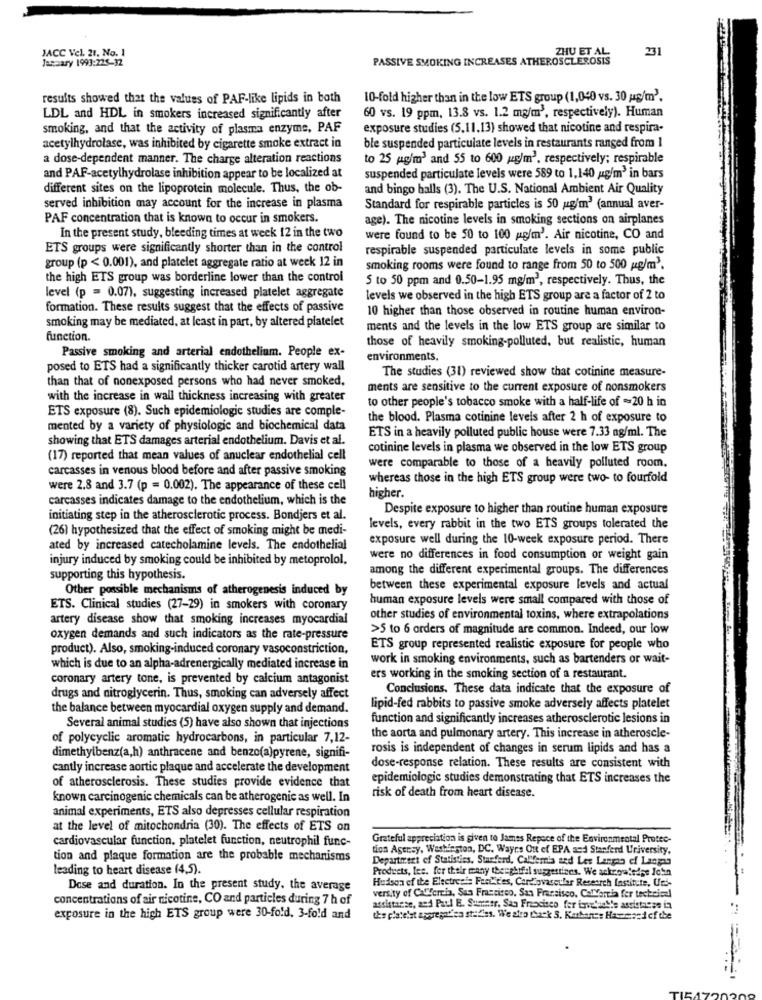
JACC Vel. 21, No. 1
ZHU ET AL
231
January 1993:225-32
PASSIVE SMOKING INCREASES ATHEROSCLEROSIS
results showed that the values of PAF-like lipids in both
10-fold higher than in the low ETS group (1,040 vs. 30 us/m3.
LDL and HDL in smokers increased significantly after
60 vs. 19 ppm, 13.8 vs. 1.2 mg/m3, respectively). Human
smoking, and that the activity of plasma enzyme, PAF
exposure studies (5.11,13) showed that nicotine and respira-
acetylhydrolase, was inhibited by cigarette smoke extract in
ble suspended particulate levels in restaurants ranged from 1
a dose-dependent manner. The charge alteration reactions
to 25 g/m3 and 55 to 600 g4g/m3, respectively; respirable
and PAR-acetylhydrolase inhibition appear to be localized at
suspended particulate levels were 589 to 1,140 ug/m3 in bars
different sites on the lipoprotein molecule. Thus, the ob-
and bingo balls (3). The U.S. National Ambient Air Quality
served inhibition may account for the increase in plasma
Standard for respirable particles is 50 ug'm' (annual aver-
PAF concentration that is known to occur in smokers.
age). The nicotine levels in smoking sections on airplanes
In the present study, bleeding times at week 12 in the two
were found to be 50 to 100 g/m'. Air nicotine, CO and
ETS groups were significantly shorter than in the control
respirable suspended particulate levels in some public
group (p < 0.001), and platelet aggregate ratio at week 12 in
smoking rooms were found to range from 50 to 500 g/m2.
the high ETS group was borderline lower than the control
S to 50 ppm and 0.50-1.95 mg/m3, respectively. Thus, the
level (p = 0.07), suggesting increased platelet aggregate
levels we observed in the high ETS group are a factor of 2 to
formation. These results suggest that the effects of passive
10 higher than those observed in routine human environ-
smoking may be mediated, at least in part, by altered platelet
ments and the levels in the low ETS group are similar to
function.
those of heavily smoking-polluted, but realistic, human
Passive smoking and arterial endothelium. People ex-
environments.
posed to ETS had a significantly thicker carotid artery wall
The studies (31) reviewed show that cotinine measure-
than that of nonexposed persons who had never smoked,
ments are sensitive to the current exposure of nonsmokers
with the increase in wall thickness increasing with greater
ETS exposure (8). Such epidemiologic studies are comple-
to other people's tobacco smoke with a half-life of -20 h in
the blood. Plasma cotinine levels after 2 h of exposure to
mented by a variety of physiologic and biochemical data
ETS in a heavily polluted public house were 7.33 ng/ml. The
showing that ETS damages arterial endothelium. Davis et al.
cotinine levels in plasma we observed in the low ETS group
(17) reported that mean values of anuclear endothelial cell
carcasses in venous blood before and after passive smoking
were comparable to those of a heavily polluted room.
whereas those in the high ETS group were two- to fourfold
were 2.8 and 3.7 (p = 0.002). The appearance of these cell
carcasses indicates damage to the endothelium, which is the
higher.
Despite exposure to higher than routine human exposure
initiating step in the atherosclerotic process. Bondjers et al.
(26) hypothesized that the effect of smoking might be medi-
levels, every rabbit in the two ETS groups tolerated the
exposure well during the 10-week exposure period. There
ated by increased catecholamine levels. The endothelial
injury induced by smoking could be inhibited by metoprolol.
were no differences in food consumption or weight gain
among the different experimental groups. The differences
supporting this hypothesis.
Other possible mechanisms of atherogenesis induced by
between these experimental exposure levels and actual
human exposure levels were small compared with those of
ETS. Clinical studies (27-29) in smokers with coronary
artery disease show that smoking increases myocardial
other studies of environmental toxins, where extrapolations
>5 to 6 orders of magnitude are common. Indeed, our low
oxygen demands and such indicators as the rate-pressure
product). Also, smoking-induced coronary vasoconstriction,
ETS group represented realistic exposure for people who
work in smoking environments, such as bartenders or wait-
which is due to an alpha-adrenergically mediated increase in
coronary artery tone, is prevented by calcium antagonist
ers working in the smoking section of a restaurant.
Conclusions. These data indicate that the exposure of
drugs and nitroglycerin. Thus, smoking can adversely affect
the balance between myocardial oxygen supply and demand.
lipid-fed rabbits to passive smoke adversely affects platelet
function and significantly increases atherosclerotic lesions in
Several animal studies (5) have also shown that injections
of polycyclic aromatic hydrocarbons, in particular 7,12-
the aorta and pulmonary artery. This increase in atheroscle-
dimethylbenz(a,h) anthracene and benzo(a)pyrene, signifi-
rosis is independent of changes in serum lipids and has a
cantly increase aortic plaque and accelerate the development
dose-response relation. These results are consistent with
epidemiologic studies demonstrating that ETS increases the
of atherosclerosis. These studies provide evidence that
known carcinogenic chemicals can be atherogenic as well. In
risk of death from heart disease.
animal experiments, ETS also depresses cellular respiration
at the level of mitochondria (30). The effects of ETS on
cardiovascular function, platelet function, neutrophil func-
Grateful appreciation is given to James Repace of the Environmental Protec-
tion Agency, Washington, DC. Wayrs Ott cf BPA and Stanferd University.
tion and plaque formation are the probable mechanisms
Department of Statistics, Starferd, Callferris sed Les Langen ef Langen
leading to heart disease (4,5).
Products, lee. fer their many theughifal suggestings. We acknowledge John
Hudson of the Electresis FanEtes, Cardiovascular Research Institute, Und-
Dose and duration. In the present study. the average
-
concentrations of air nicotine, CO and particles during 7 h of
versity of California, San Francisco. San Fransisco. Cal"omia fer techeieel
assistante, and Paul E. Summer, San Francisco for inve'seste assistanse in
exposure in the high ETS group were 30-fold, 3-fold and
the plate'st aggregatien stadles. We also Lack S. Karbon :: Hammond of the